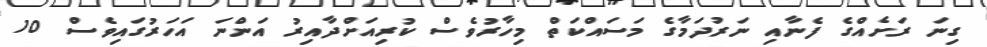
ގިނަ ރަށެއްގެ ފެނާއި ނަރުދަމާގެ މަސައްކަތް މިހާރުވެސް ކުރިއަށްދާއިރު އަންނަ އަހަރުގައިވެސް 10